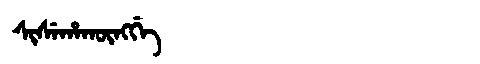
Manchu: ᠰᡳᠰᡝᡥᠠᡴᡡᠩᡤᡝ
Romanization: SISEHAKŪNGGE